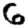
Digit: 6